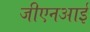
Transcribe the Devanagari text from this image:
जीएनआई